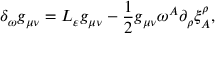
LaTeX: \delta _ { \omega } g _ { \mu \nu } = { \cal L } _ { \varepsilon } g _ { \mu \nu } - \frac 1 2 g _ { \mu \nu } \omega ^ { A } \partial _ { \rho } \xi _ { A } ^ { \rho } ,